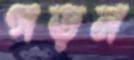
গড়ন